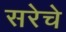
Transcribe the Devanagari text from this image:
सरेचे